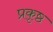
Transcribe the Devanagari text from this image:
प्रकृष्ठ